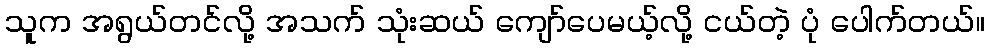
သူက အရွယ်တင်လို့ အသက် သုံးဆယ် ကျော်ပေမယ့်လို့ ငယ်တဲ့ ပုံ ပေါက်တယ်။